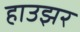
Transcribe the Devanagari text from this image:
हाउझर